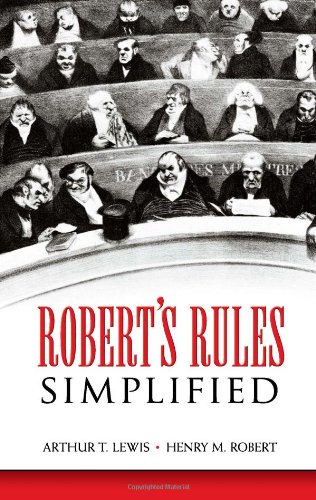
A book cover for Robert's Rules Simplified; Arthur T. Lewis; Politics & Social Sciences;